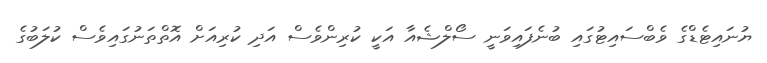
ޔުނައިޓެޑްގެ ވެބްސައިޓުގައި ބުނެފައިވަނީ ސޯލްޝެއާ އަކީ ކުރިންވެސް އަދި ކުރިއަށް އޮތްތަނުގައިވެސް ކުލަބުގެ